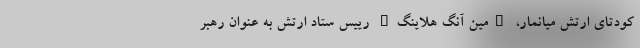
کودتای ارتش میانمار، "مین آنگ هلاینگ" رییس ستاد ارتش به عنوان رهبر